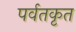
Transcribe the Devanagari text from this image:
पर्वतकृत